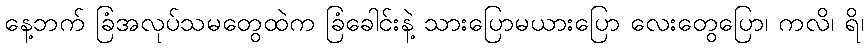
နေ့ဘက် ခြံအလုပ်သမတွေထဲက ခြံခေါင်းနဲ့ သားပြောမယားပြော လေးတွေပြော၊ ကလိ၊ ရိ၊